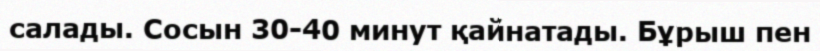
салады. Сосын 30-40 минут қайнатады. Бұрыш пен